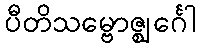
ပီတိသမ္ဗောဇ္ဈင်္ဂေါ